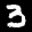
Label: 3